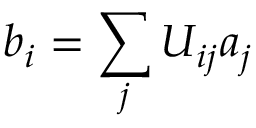
b _ { i } = \sum _ { j } U _ { i j } a _ { j }